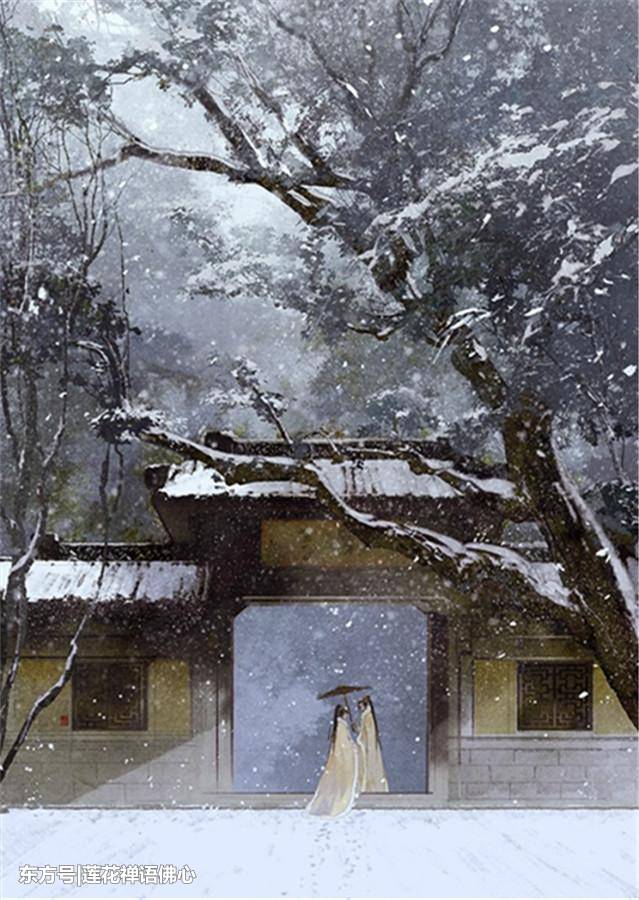
彊弩之极，矢不能穿鲁缟冲风之末，力不能漂鸿毛。